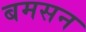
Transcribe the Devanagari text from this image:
बमसन